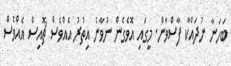
ބަހަނާ ނުދައްކާ ފާސްވާން. މީގައި އޮވެގެން ނުވާނެ އިތުރު އެއްވެސް ޗޮއިސް އެއްވެސް